Scientific memoirs by medical officers of the Army of India - Part III,
Year: 1887
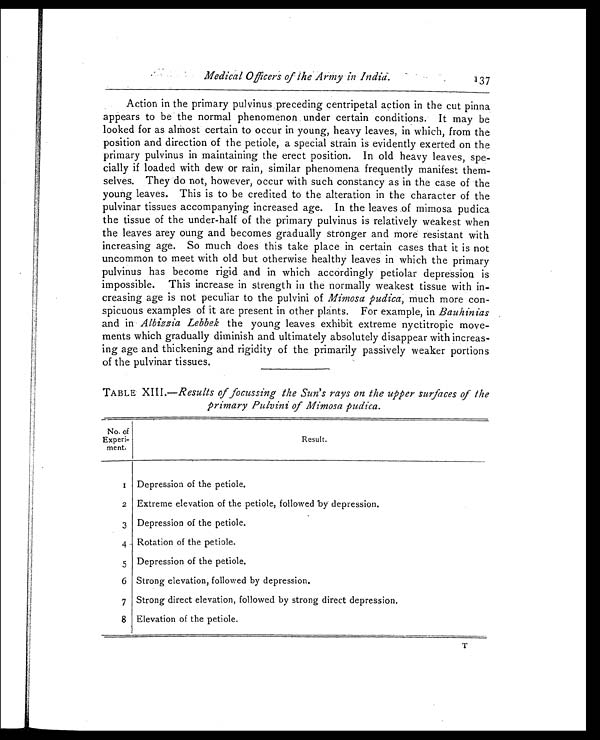
Medical Officers of the Army in India.
137
Action in the primary pulvinus preceding centripetal action in the cut pinna
appears to be the normal phenomenon under certain conditions. It may be
looked for as almost certain to occur in young, heavy leaves, in which, from the
position and direction of the petiole, a special strain is evidently exerted on the
primary pulvinus in maintaining the erect position. In old heavy leaves, spe-
cially if loaded with dew or rain, similar phenomena frequently manifest them-
selves. They do not, however, occur with such constancy as in the case of the
young leaves. This is to be credited to the alteration in the character of the
pulvinar tissues accompanying increased age. In the leaves of mimosa pudica
the tissue of the under-half of the primary pulvinus is relatively weakest when
the leaves arey oung and becomes gradually stronger and more resistant with
increasing age. So much does this take place in certain cases that it is not
uncommon to meet with old but otherwise healthy leaves in which the primary
pulvinus has become rigid and in which accordingly petiolar depression is
impossible. This increase in strength in the normally weakest tissue with in-
creasing age is not peculiar to the pulvini of Mimosa pudica, much more con-
spicuous examples of it are present in other plants. For example, in Bauhinias
and in Albizzia Lebbek the young leaves exhibit extreme nyctitropic move-
ments which gradually diminish and ultimately absolutely disappear with increas-
ing age and thickening and rigidity of the primarily passively weaker portions
of the pulvinar tissues.
TABLE XIII.—Results of focussing the Sun's rays on the upper surfaces of the
primary Pulvini of Mimosa pudica.
No. of
Experi-
ment.
Result.
1 Depression of the petiole.
2 Extreme elevation of the petiole, followed by depression.
3
Depression of the petiole.
4 Rotation of the petiole.
5
Depression of the petiole.
6 Strong elevation, followed by depression.
7 Strong direct elevation, followed by strong direct depression.
8 Elevation of the petiole.